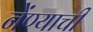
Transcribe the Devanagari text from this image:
नेंण्याची